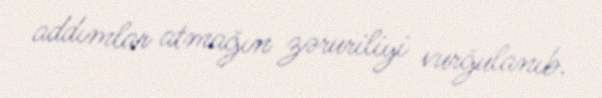
addımlar atmağın zəruriliyi vurğulanıb.